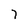
Character: 7